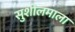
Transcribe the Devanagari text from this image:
सुशीलमाला